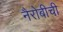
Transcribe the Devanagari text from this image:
नैरोबीची